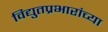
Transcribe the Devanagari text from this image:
विद्युतप्रभारांच्या